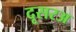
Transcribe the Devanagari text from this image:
दूसरअ